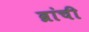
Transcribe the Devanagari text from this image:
ब्रांची